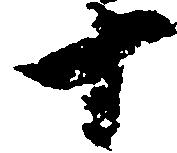
十